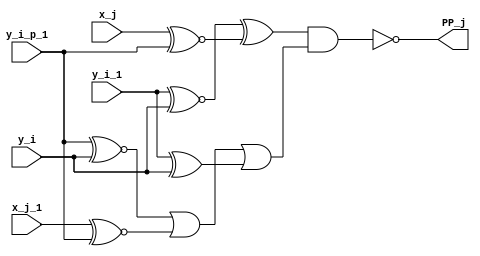
module decoder (x_j, x_j_1, y_i, y_i_1, y_i_p_1, PP_j);  


input 	x_j;
input 	x_j_1;
input 	y_i;
input   y_i_1;
input 	y_i_p_1;

output  PP_j;


wire  Neg, x1_b, z, x2_b;

assign   Neg = y_i_p_1;
assign   x1_b = y_i_1 ^~ y_i;
assign   z = y_i_p_1 ^~ y_i;
assign   x2_b = y_i_1 ^ y_i;

assign PP_j = ~((x1_b ^ (x_j ~^ Neg)) & (( z | (x_j_1 ~^ Neg) | x2_b)));


endmodule